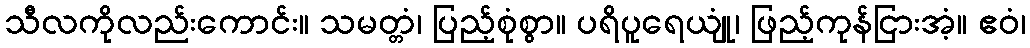
သီလကိုလည်းကောင်း။ သမတ္တံ၊ ပြည့်စုံစွာ။ ပရိပူရေယျုံ၊ ဖြည့်ကုန်ငြားအံ့။ ဧဝံ၊